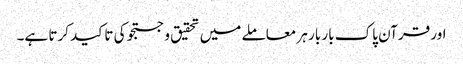
اور قرآن پاک بار بار ہر معاملے میں تحقیق و جستجو کی تاکید کرتا ہے۔